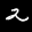
Label: 2